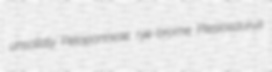
unsolidly Peloponnese rye-brome Plesiosaurus